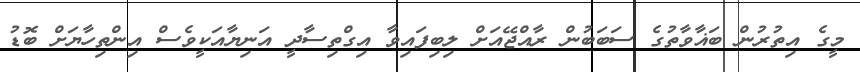
މީގެ އިތުރުން ބަޣާވާތުގެ ސަބަބުން ރާއްޖޭއަށް ލިބިފައިވާ އިގްތިސާދީ އަނިޔާއަކީވެސް އިންތިހާޔަށް ބޮޑު